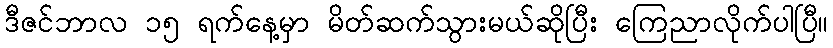
ဒီဇင်ဘာလ ၁၅ ရက်နေ့မှာ မိတ်ဆက်သွားမယ်ဆိုပြီး ကြေညာလိုက်ပါပြီ။